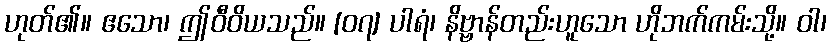
ဟုတ်၏။ ဧသော၊ ဤဝီဝိယသည်။ [၀၇] ပါရံ၊ နိဗ္ဗာန်တည်းဟူသော ဟိုဘက်ကမ်းသို့။ ဝါ၊